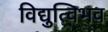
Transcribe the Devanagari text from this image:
विद्युत्विभव